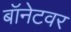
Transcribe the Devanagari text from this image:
बॉनेटवर